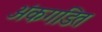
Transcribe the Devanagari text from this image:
अंकगडित